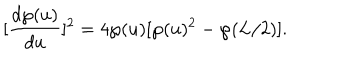
LaTeX: [ \frac { d \wp ( u ) } { d u } ] ^ { 2 } = 4 \wp ( u ) [ \wp ( u ) ^ { 2 } - \wp ( L / 2 ) ] .